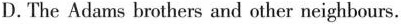
D.The Adams brothers and other neighbours.